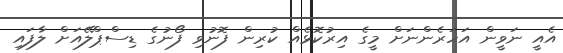
އެއީ ނަވީން އަހަރެންނަށް މީގެ އިރުކޮޅެއް ކުރިން ފޮނުވި ފޯނުގެ ޑިސްޕްލޭއަށް ލާފައި